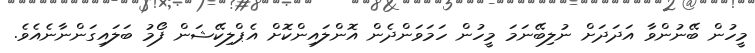
މީހުން ބޭނުންވާ އަދަދަށް ނުލިބޭނަމަ މީހުން ހަމަވަންދެން އޮންލައިންކޮށް އެޕްލިކޭޝަން ފޯމު ބަލައިގަންނާނެއެވެ.